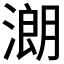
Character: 𣼽